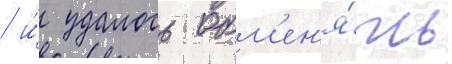
/ и́ удалось обм'ен'я́ть